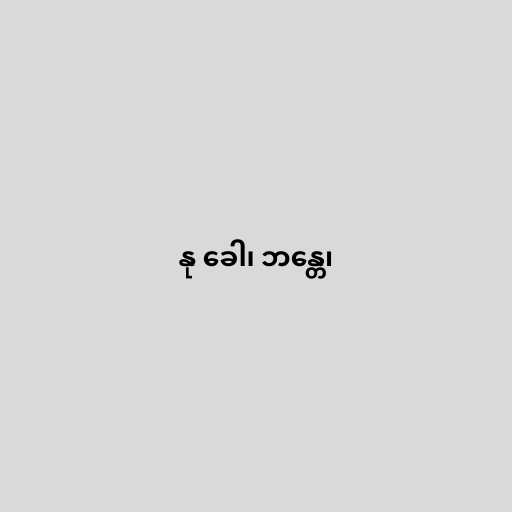
နု ခေါ၊ ဘန္တေ၊